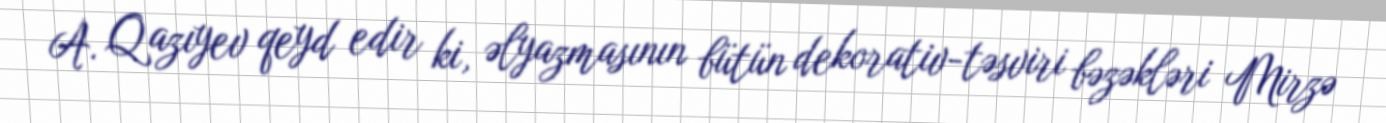
A. Qazıyev qeyd edir ki, əlyazmasının bütün dekorativ-təsviri bəzəkləri Mirzə